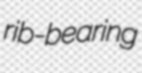
rib-bearing